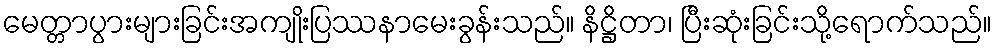
မေတ္တာပွားများခြင်းအကျိုးပြဿနာမေးခွန်းသည်။ နိဋ္ဌိတာ၊ ပြီးဆုံးခြင်းသို့ရောက်သည်။